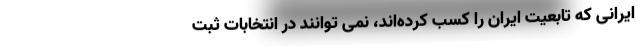
ایرانی که تابعیت ایران را کسب کرده‌اند، نمی توانند در انتخابات ثبت